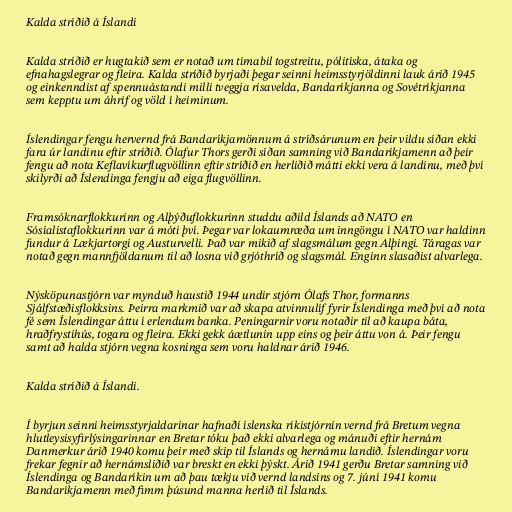
Kalda stríðið á Íslandi

Kalda stríðið er hugtakið sem er notað um tímabil togstreitu, pólitíska, átaka og
efnahagslegrar og fleira. Kalda stríðið byrjaði þegar seinni heimsstyrjöldinni lauk árið 1945
og einkenndist af spennuástandi milli tveggja risavelda, Bandaríkjanna og Sovétríkjanna
sem kepptu um áhrif og völd í heiminum.

Íslendingar fengu hervernd frá Bandaríkjamönnum á stríðsárunum en þeir vildu síðan ekki
fara úr landinu eftir stríðið. Ólafur Thors gerði síðan samning við Bandaríkjamenn að þeir
fengu að nota Keflavíkurflugvöllinn eftir stríðið en herliðið mátti ekki vera á landinu, með því
skilyrði að Íslendinga fengju að eiga flugvöllinn.

Framsóknarflokkurinn og Alþýðuflokkurinn studdu aðild Íslands að NATO en
Sósíalistaflokkurinn var á móti því. Þegar var lokaumræða um inngöngu í NATO var haldinn
fundur á Lækjartorgi og Austurvelli. Það var mikið af slagsmálum gegn Alþingi. Táragas var
notað gegn mannfjöldanum til að losna við grjóthríð og slagsmál. Enginn slasaðist alvarlega.

Nýsköpunastjórn var mynduð haustið 1944 undir stjórn Ólafs Thor, formanns
Sjálfstæðisflokksins. Þeirra markmið var að skapa atvinnulíf fyrir Íslendinga með því að nota
fé sem Íslendingar áttu í erlendum banka. Peningarnir voru notaðir til að kaupa báta,
hraðfrystihús, togara og fleira. Ekki gekk áætlunin upp eins og þeir áttu von á. Þeir fengu
samt að halda stjórn vegna kosninga sem voru haldnar árið 1946.

Kalda stríðið á Íslandi.

Í byrjun seinni heimsstyrjaldarinar hafnaði íslenska ríkistjórnin vernd frá Bretum vegna
hlutleysisyfirlýsingarinnar en Bretar tóku það ekki alvarlega og mánuði eftir hernám
Danmerkur árið 1940 komu þeir með skip til Íslands og hernámu landið. Íslendingar voru
frekar fegnir að hernámsliðið var breskt en ekki þýskt. Árið 1941 gerðu Bretar samning við
Íslendinga og Bandaríkin um að þau tækju við vernd landsins og 7. júní 1941 komu
Bandaríkjamenn með fimm þúsund manna herlið til Íslands.